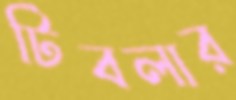
টিবলার